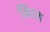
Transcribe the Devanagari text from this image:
मिरल